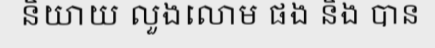
និយាយ លួងលោម ផង និង បាន